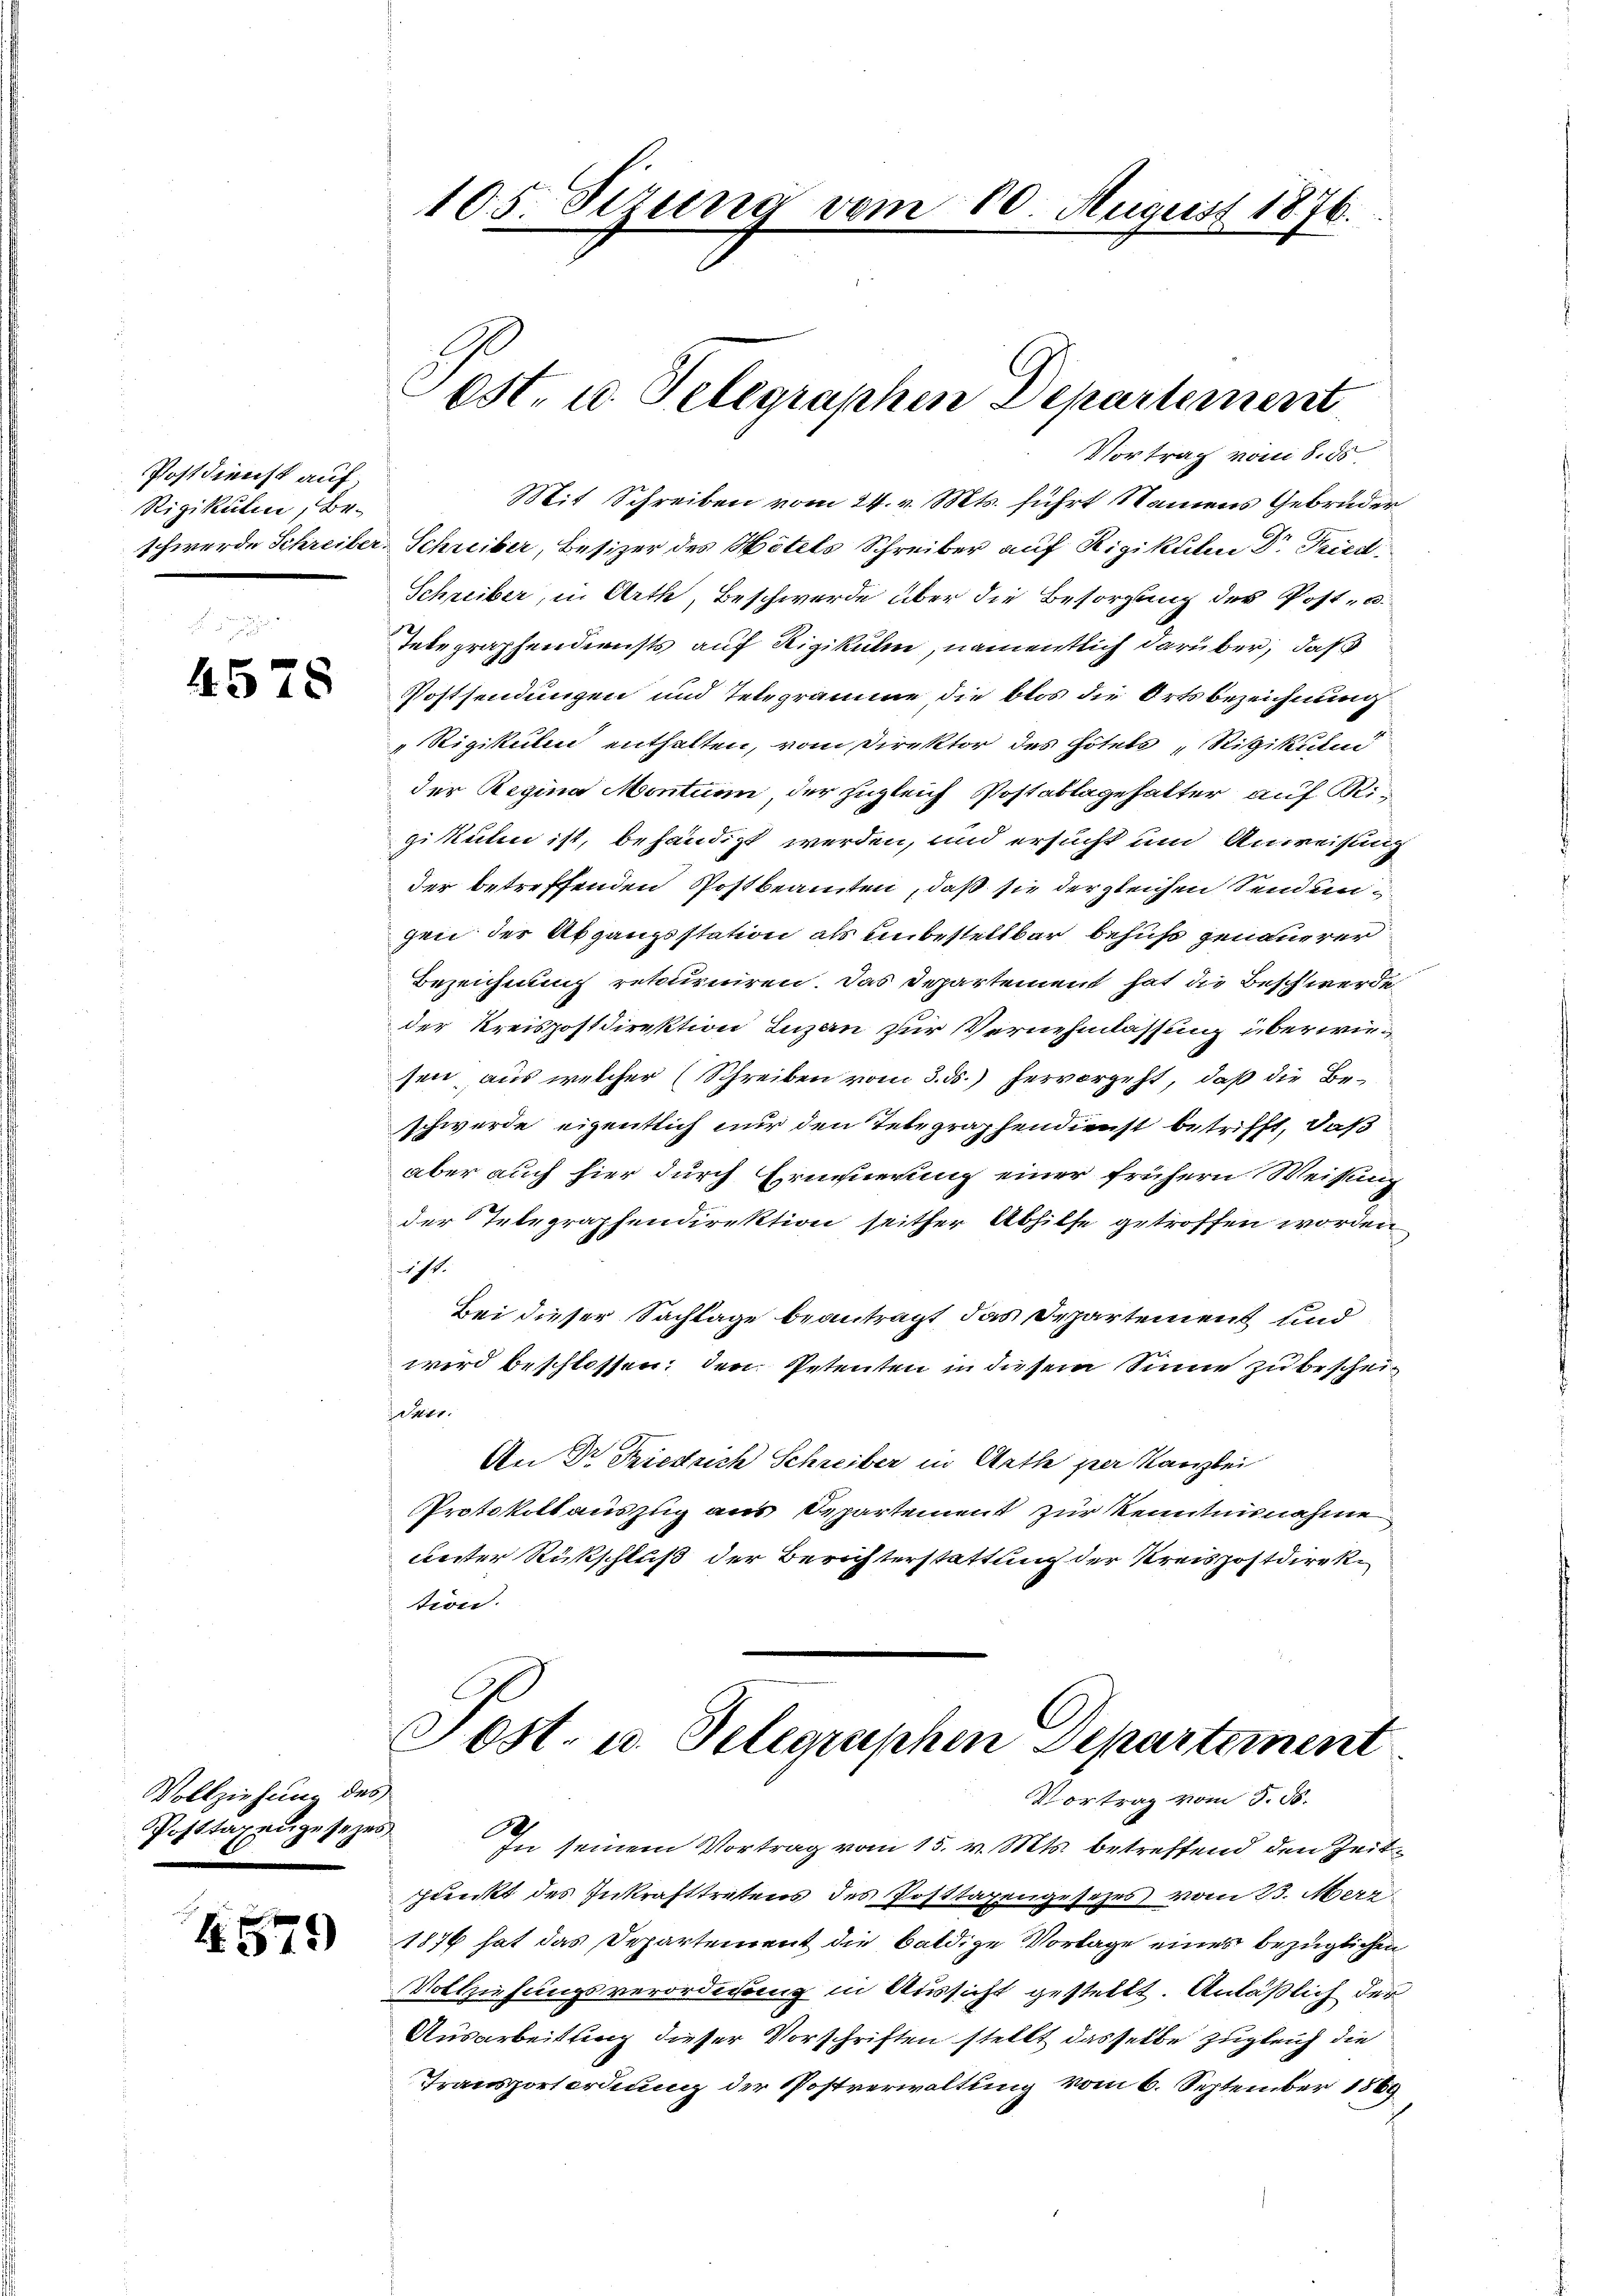
Postdienst auf
Rigikulin, Be¬

4578

Vollziehung des
Posttaxengesezes

H579)

Mit Schreiben vom 24. v. Mts. führt Namens Gebrüder
schwerde Schreiber-Schreiber, Besizer des Hotels Schreiber auf Rigikulm Dr. Fried
Schreiber, in Arth, Beschwerde über die Besorgung des Post- u.
Telegraphendiensts auf Rigikulm, namentlich darüber, daß
Postsendungen und Telegramme die blos die Ortsbezeichnung
Rigikulin enthalten, vom Direktor des Hotels "Rigikund
der Regina Montum, der zugleich Postablagehalter auf Rigikulin ist, behändigt werden, und ersucht und Anweisung
der betreffenden Postbeamten, daß sie der gleichen Sendungen der Abgangsstation als unbestellbar behufs genauerer
Bezeichnung retourniren. Das Departement hat die Beschwerde,
der Kreispostdirektion Luzan zur Vernehmlassung überwiesen, aus welcher (Schreiben vom 3. ds.) hervorgeht, daß die Beschwerde eigentlich nur den Telegraphendienst betrifft, daß
aber auch hier durch Erneuerung einer frühern Weisung
der Telegraphendirektion seither Abhilfe getroffen worden
174.
Bei dieser Sachlage beantragt, das Departement und
wird beschlossen: den Petenten in diesem Sinne zu bescheiidee.
An Dr Triestrich Schreiber in Aethe per Kanzlei
Protokollauszug aus Departement zur Kenntnisnahme
uester Rückschluß der Berichterstattung der Kreispostdirektion.

105. Sizung vom 10. August 1876.

Post. u. Telegraphen Departement
Vortrag vom 8. ds.

Post- u. Telegraphen Departement
Vortrag vom 8. d.
6

In seinem Vortrag vom 15. v. Mts. betreffend den Zeit¬
Punkt des Inkrafttretens des Posttaxengesetzes vom 23. Merz
1876 hat das Departement die baldige Vorlage eines bezüglichen
Vollziehungsverordnung in Aussicht gestellt. Anläßlich der
Ausarbeitung dieser Vorschriften stellt dasselbe zugleich die
Transportordnung der Postverwaltung vom 6. September 1869